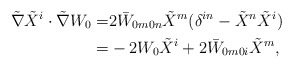
\begin{align*} \tilde {\nabla} \tilde {X}^i \cdot \tilde {\nabla}W_0 =&2 \bar W_{0m0n} \tilde {X}^m (\delta^{in}- \tilde {X}^n \tilde {X}^i) \\=&-2 W_0 \tilde {X}^i +2\bar W_{0m0i} \tilde {X}^m, \\\end{align*}